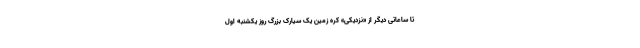
تا ساعاتی دیگر از «نزدیکی» کره زمین یک سیارک بزرگ روز یکشنبه اول